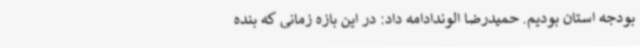
بودجه استان بودیم. حمیدرضا الوندادامه داد: در این بازه زمانی که بنده